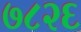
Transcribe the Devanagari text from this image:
७८२६